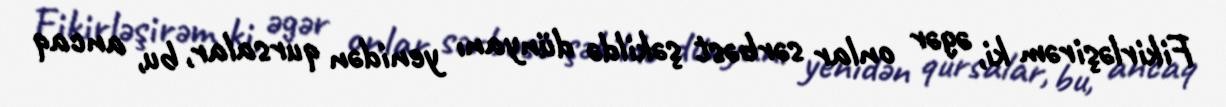
Fikirləşirəm ki, əgər onlar sərbəst şəkildə dünyanı yenidən qursalar, bu, ancaq